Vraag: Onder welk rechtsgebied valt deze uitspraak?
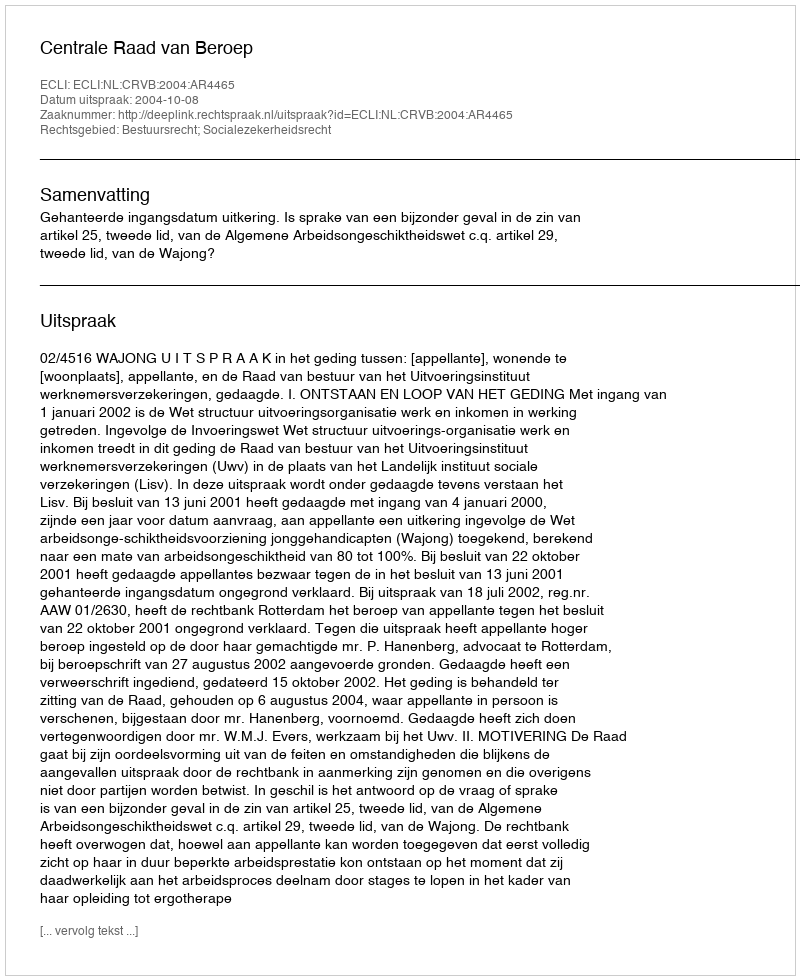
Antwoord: Bestuursrecht; Socialezekerheidsrecht